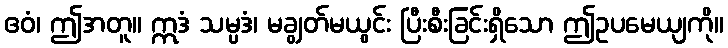
ဧဝံ၊ ဤအတူ။ ဣဒံ သမ္ပဒံ၊ မချွတ်မယွင်း ပြီးစီးခြင်းရှိသော ဤဥပမေယျကို။